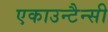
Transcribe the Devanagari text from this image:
एकाउन्टैन्सी